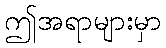
ဤအရာများမှာ